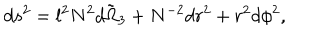
d s ^ { 2 } = l ^ { 2 } N ^ { 2 } \tilde { d \Omega _ { 3 } } + N ^ { - 2 } d r ^ { 2 } + r ^ { 2 } d \phi ^ { 2 } ,